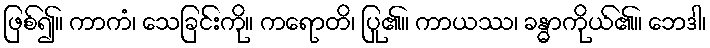
ဖြစ်၍။ ကာကံ၊ သေခြင်းကို။ ကရောတိ၊ ပြု၏။ ကာယဿ၊ ခန္ဓာကိုယ်၏။ ဘေဒါ၊